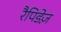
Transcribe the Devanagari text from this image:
रैपिडेज़